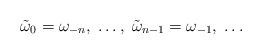
LaTeX: \begin{align*}\tilde \omega_0 = \omega_{-n}, \; \dots, \; \tilde \omega_{n-1} = \omega_{-1}, \; \dots\end{align*}